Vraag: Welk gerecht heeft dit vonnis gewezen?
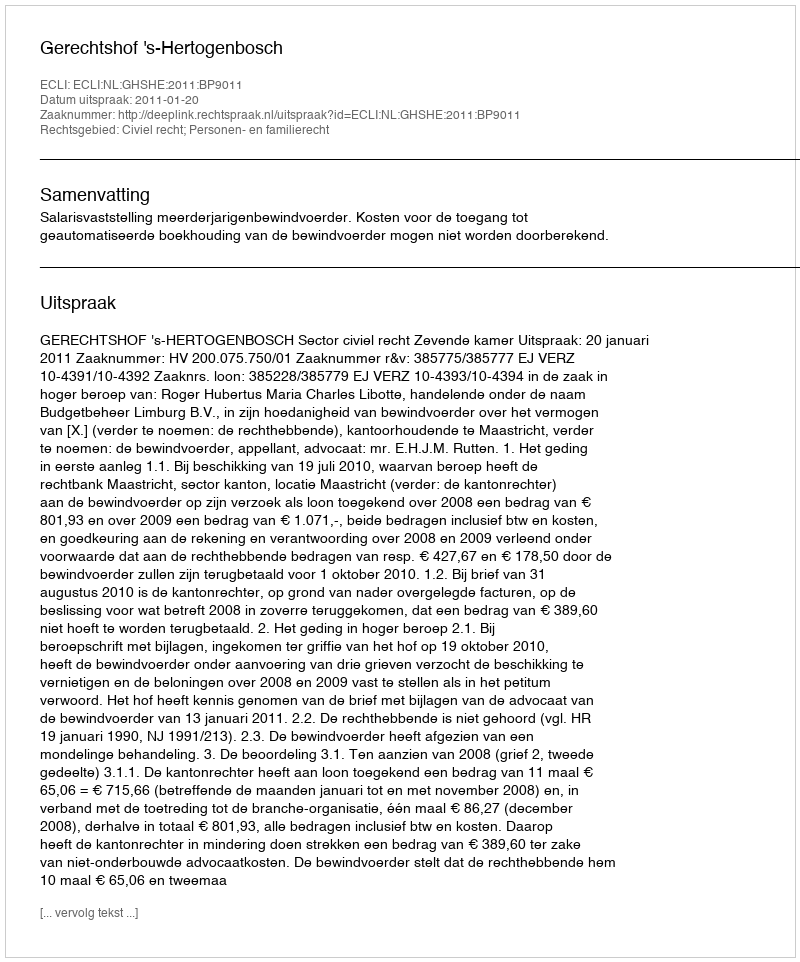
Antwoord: Gerechtshof 's-Hertogenbosch